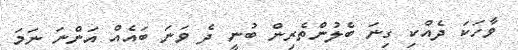
ވާހަކަ ދެއްކި ގިނަ ބެލުންތެރިން ބުނީ ދެ ވަނަ ބައެއް އަންނަ ނަމަ